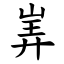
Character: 㟖